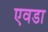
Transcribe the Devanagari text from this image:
एवडा